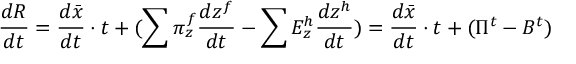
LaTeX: { \frac { d R } { d t } } = { \frac { d { \bar { x } } } { d t } } \cdot t + ( \sum \pi _ { z } ^ { f } { \frac { d z ^ { f } } { d t } } - \sum E _ { z } ^ { h } { \frac { d z ^ { h } } { d t } } ) = { \frac { d { \bar { x } } } { d t } } \cdot t + ( \Pi ^ { t } - B ^ { t } )